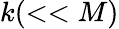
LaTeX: k(<<M)